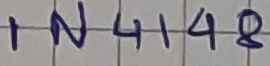
Text: IN4148